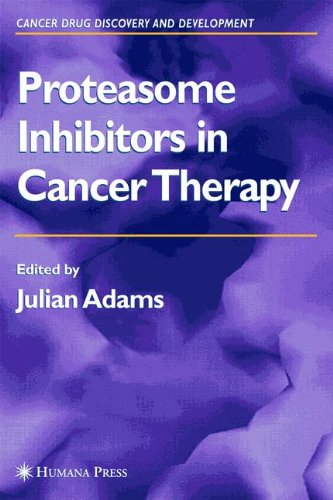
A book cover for Proteasome Inhibitors in Cancer Therapy (Cancer Drug Discovery and Development); Medical Books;